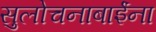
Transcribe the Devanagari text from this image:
सुलोचनाबाईंना